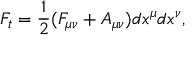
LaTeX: F _ { t } = \frac { 1 } { 2 } ( F _ { \mu \nu } + { \cal A } _ { \mu \nu } ) d x ^ { \mu } d x ^ { \nu } ,